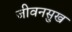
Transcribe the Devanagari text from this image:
जीवनसुख